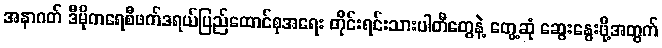
အနာဂတ် ဒီမိုကရေစီဖက်ဒရယ်ပြည်ထောင်စုအရေး တိုင်းရင်းသားပါတီတွေနဲ့ တွေ့ဆုံ ဆွေးနွေးဖို့အတွက်